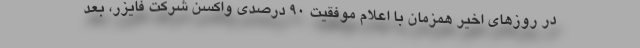
در روزهای اخیر همزمان با اعلام موفقیت ۹۰ درصدی واکسن شرکت فایزر، بعد